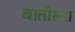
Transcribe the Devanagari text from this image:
बातीस्ना